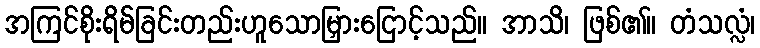
အကြင်စိုးရိမ်ခြင်းတည်းဟူသောမြှားငြောင့်သည်။ အာသိ၊ ဖြစ်၏။ တံသလ္လံ၊